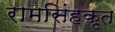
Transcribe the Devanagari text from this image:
रामसिंहकृत